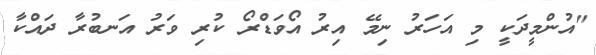
"އުންމީދަކީ މި އަހަރު ނިމޭ އިރު އޯވަޑްރޯ ކުރި ވަރު އަނބުރާ ދައްކާ